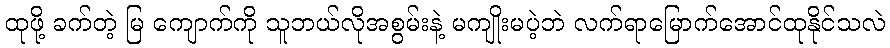
ထုဖို့ ခက်တဲ့ မြ ကျောက်ကို သူဘယ်လိုအစွမ်းနဲ့ မကျိုးမပဲ့ဘဲ လက်ရာမြောက်အောင်ထုနိုင်သလဲ